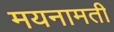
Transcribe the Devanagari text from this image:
मयनामती